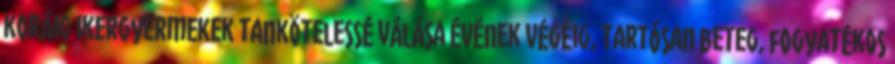
koráig ikergyermekek tankötelessé válása évének végéig, tartósan beteg, fogyatékos